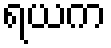
ရယက